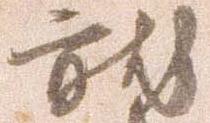
就